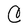
Character: C